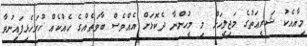
މިއާއެކު ޝަރީޢަތުގެ މަޖިލީހަށް މި މީހުންނާ ދެކޮޅަށް އެއްވެސް ބާވަތެއްގެ ހެއްކެއް ހުށަހެޅިފައިނުވާ